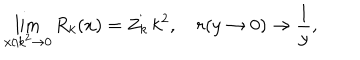
\lim _ { x / k ^ { 2 } \to 0 } R _ { k } ( x ) = Z _ { k } \, k ^ { 2 } , \quad r ( y \to 0 ) \to \frac { 1 } { y } ,